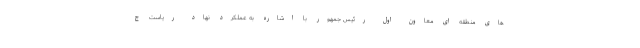
های منطقه ای معاون اول رئیس جمهور با اشاره به عملکرد نهاد ریاست ج